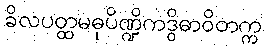
ခိလပတ္ထမဓုပိဏ္ဍိကဒွိဓာဝိတက္က